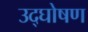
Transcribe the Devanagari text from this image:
उद्घोषण